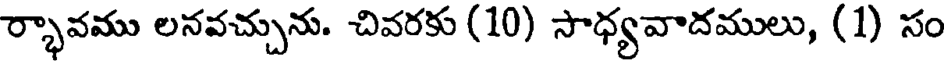
ర్భావము లనవచ్చును. చివరకు (10) సాధ్యవాదములు, (1) సం